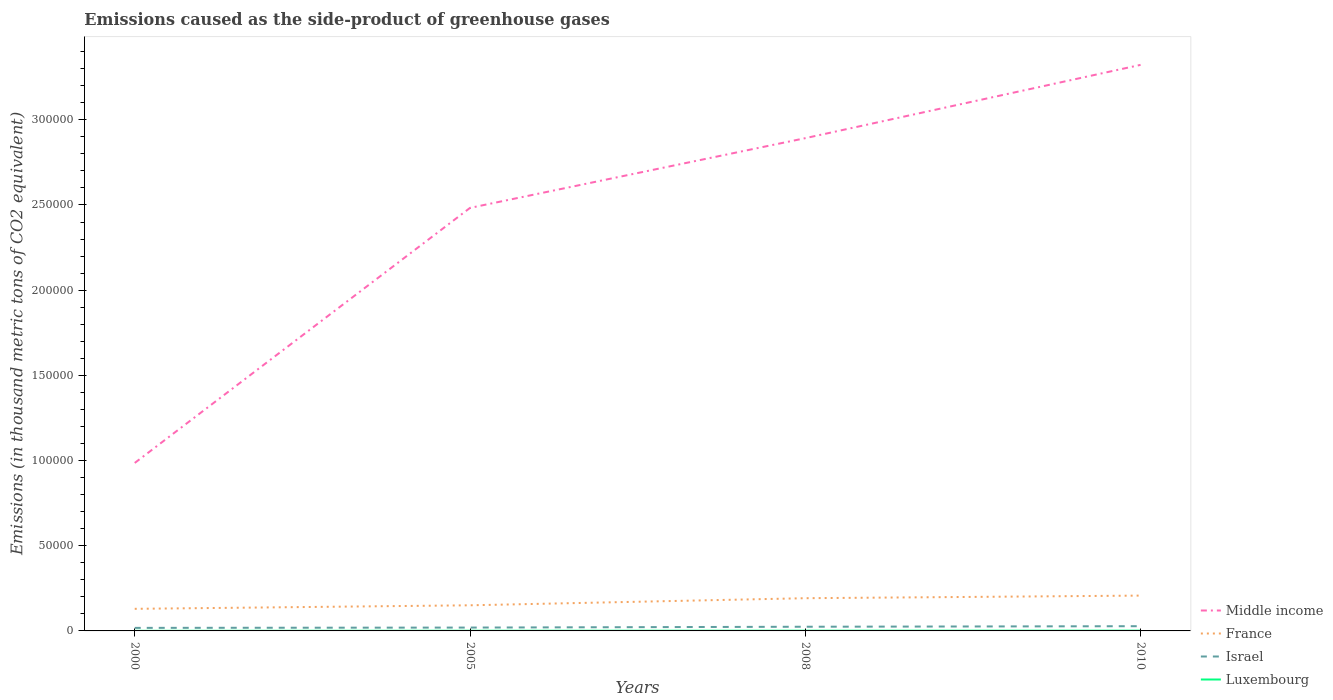
| Years | Middle income | France | Israel | Luxembourg |
 | --- | --- | --- | --- | --- |
 | 2000 | 9.86e+04 | 1.3e+04 | 1.79e+03 | 52.1 |
 | 2005 | 2.48e+05 | 1.5e+04 | 1.97e+03 | 101 |
 | 2008 | 2.89e+05 | 1.92e+04 | 2.45e+03 | 132 |
 | 2010 | 3.32e+05 | 2.07e+04 | 2.78e+03 | 146 |